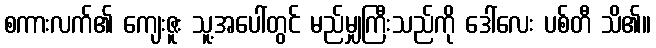
စကားလက်၏ ကျေးဇူး သူ့အပေါ်တွင် မည်မျှကြီးသည်ကို ဒေါ်လေး ပစ်တီ သိ၏။